Senior Leaving Certificate Examination (including Day School Certificate (Higher) General paper), 1949
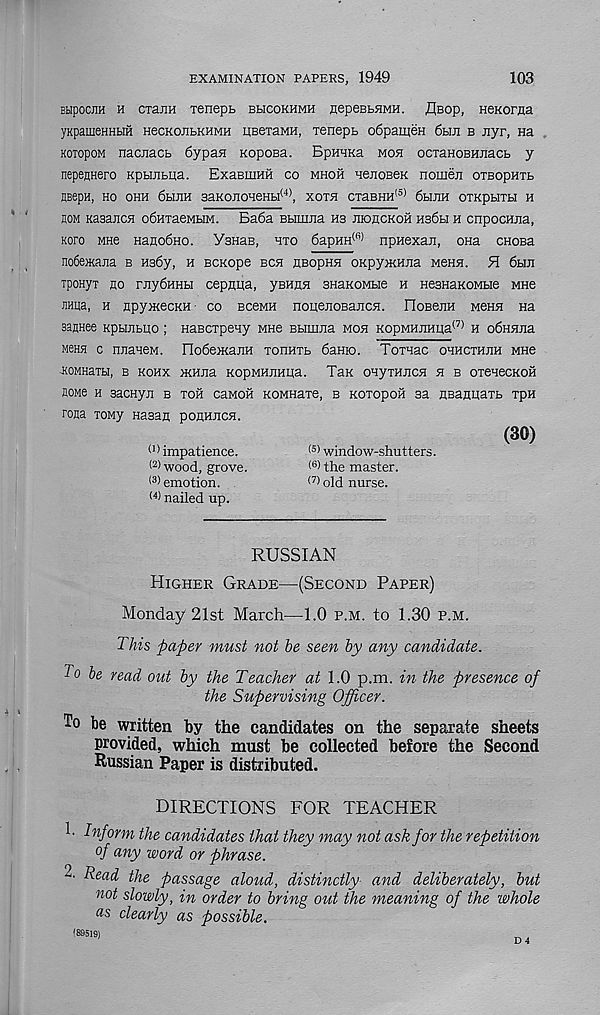
EXAMINATION PAPERS, 1949
103
BbipocjiH h cxaiiH xenepb bhcokhmh EepeBbHMH. fleop, HeKoraa
yKpaineHHbiH HecKOEbKHMH UBexaMH, xenepb o6pameH 6bm b nyr, Ha
KoiopoM naciiacb 6ypaH nopoBa. BpHHKa moh ocxaHOBHJiacb y
nepennero Kpbuibna. ExaBniHil co mhoh nenoBeK nomeji oxBopnxb
HBepH, HO OHH 6bIJIH 3aKOJIOHeHbI (4) , XOX53 CXaBHH !5) 6bIJIH OXKpbIXbl H
hom KaaaJicn o6HxaeMbiM. Ba6a Bbnmia hb JisoncKOH Hs6bi h cnpocuna,
Koro MHe Hano6no. VsHaB, hxo 6apHH (fi) npHexan, ona chobb
no6e)Kajia b HaSy, h Bcxope bch hbophh oKpyjKHiia Menn. H 6hji
xpoHyx no rny6HHbi cepniia, ysHna SHaKOMbie h HesnaKOMbie MHe
JiHna, h npyxiecKH co bccmh nouenoBancH. HoBejiH mchh Ha
sannee Kpbuibiio ; HaBCxpeny mhb Bbimna moh KopMHEHiia (7) h o6HHiia
Mena c nnaneM. OoSeiKajiH xonnxb 6aHK>. Toxnac ohhcxhjih mhb
-KOMHaXH, B KOHX JKHJia KOpMHJIHUa. TaK OHyXHJICH H B OXCHeCKOH
noMe h sacHyji b xoh caMOH KOMHaxe, b Koxopoii sa nBannaxb xpn
rona xoMy Hasan pohhjich.
(30)
(1) impatience.
(s) window-shutters.
(2) wood, grove.
< 6 ) the master.
(3) emotion.
(7) old nurse.
(4 > nailed up.
RUSSIAN
Higher Grade—(Second Paper)
Monday 21st March—1.0 p.m. to 1.30 p.m.
This paper must not be seen by any candidate.
To be read out by the Teacher at 1.0 p.m. in the presence of
the Supervising Officer.
To be written by the candidates on the separate sheets
provided, which must be collected before the Second
Russian Paper is distributed.
directions for teacher
h Inform the candidates that they may not ask for the repetition
of any word or phrase.
2. Read the passage aloud, distinctly and deliberately, but
not slowly, in order to bring out the meaning of the whole
as clearly as possible.
(89519)
D 4